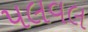
પલવલ